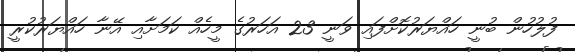
ފުލުހުން ބުނީ ހައްޔަރުކޮށްފައި ވަނީ 23 އަހަރުގެ މީހެއް ކަމަށާއި އޭނާ ހައްޔަރުކުރީ